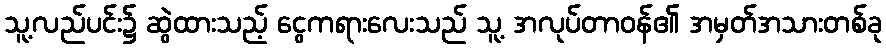
သူ့လည်ပင်း၌ ဆွဲထားသည့် ငွေကရားလေးသည် သူ့ အလုပ်တာဝန်၏ အမှတ်အသားတစ်ခု